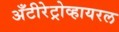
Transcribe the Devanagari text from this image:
अँटीरेट्रोव्हायरल